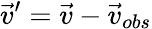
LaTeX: \vec{v}^{\prime}=\vec{v}-\vec{v}_{obs}